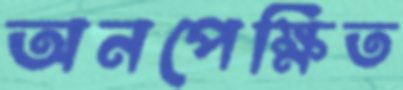
অনপেক্ষিত